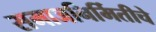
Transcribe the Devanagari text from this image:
समाजनिर्मितीचे